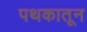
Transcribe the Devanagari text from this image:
पथकातून